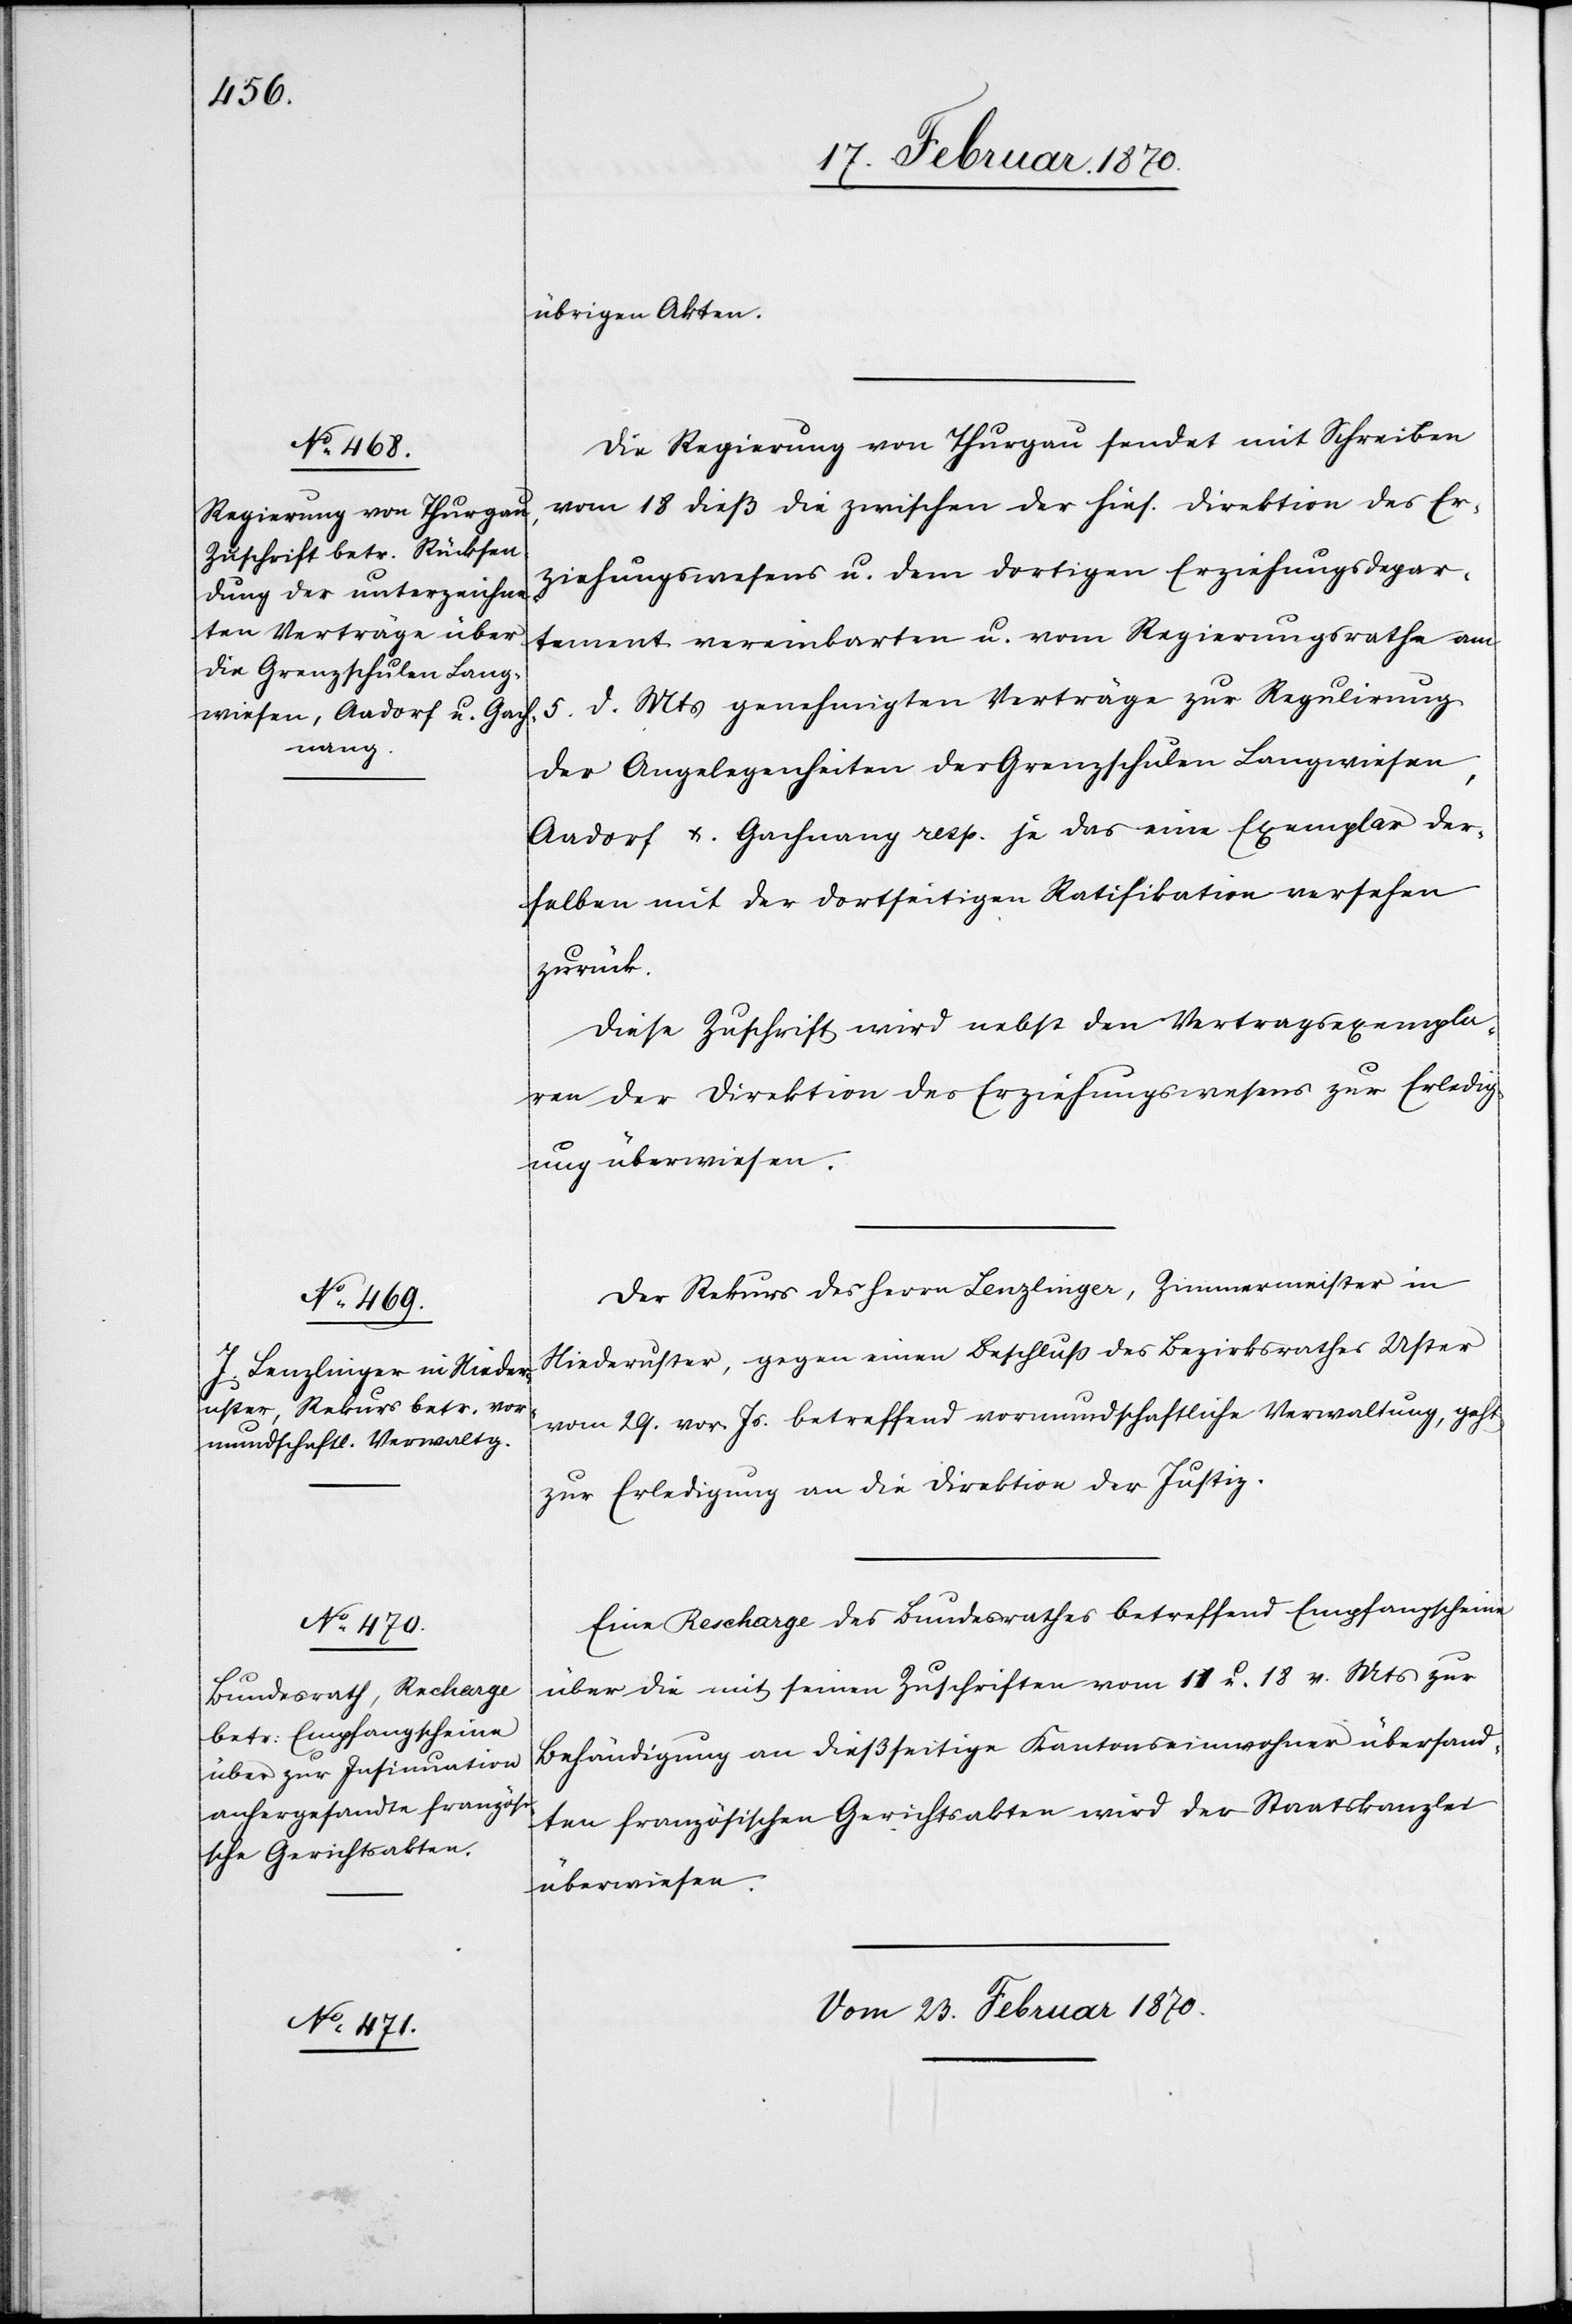
ten Gerichtsakten

übrigen Akten.
Die Regierung von Thurgau sendet mit Schreiben
vom 18 dieß die zwischen der hies. Direktion des Er¬
ziehungswesens u. dem dortigen Erziehungsdepar¬
tement vereinbarten um vom Regierungsrathe am
d. Mts genehmigten Verträge zur Regulirung
5.
der Angelegenheiten der Grenzschulen Langwiesen,
Aadorf u. Gachnang resp. das eine Exemplar der¬
selben mit der dortseitigen Ratifikation versehen
zurück.
Diese Zuschrift wird nebst den Vertragsexempla¬
ren der Direktion des Erziehungswesens zur Erledig¬
ung überwiesen.
Der Rekurs des Herrn Lenzlinger, Zimmermeister in
Niederuster, gegen einen Beschluß des Bezirksrathes Uster
vom 29. vor. Js. betreffend vormundschaftliche Verwaltung, geht
zur Erledigung an die Direktion der Justiz.
Eine Recharge des Bundesrathes betreffend Empfangscheine
über die mit seinen Zuschriften vom 11 u. 18. v. Mts zur
Behändigung an dießseitige Kantonseinwohner übersand¬
überwiesen.
vom 23. Februar 1870.